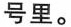
号里。